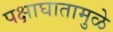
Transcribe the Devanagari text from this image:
पक्षाघातामुळे